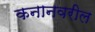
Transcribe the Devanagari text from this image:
कनानवरील